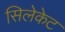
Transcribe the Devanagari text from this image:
सिलेकेट